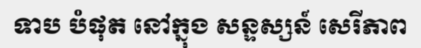
ទាប បំផុត នៅក្នុង សន្ទស្សន៍ សេរីភាព